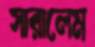
সারালেম